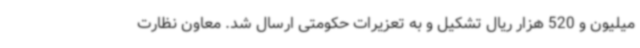
میلیون و 520 هزار ریال تشکیل و به تعزیرات حکومتی ارسال شد. معاون نظارت